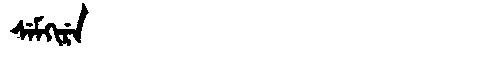
Manchu: ᠰᡝᠮᡴᡳᡵᡝ
Romanization: SEMKIRE